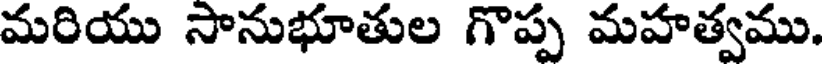
మరియు సానుభూతుల గొప్ప మహత్వము.